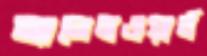
অ্যালেনওয়ার্থ